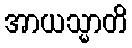
အာယသ္မာတိ